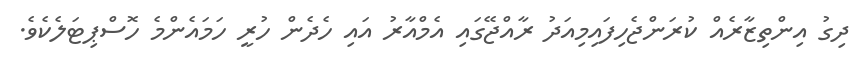
ދިގު އިންތިޒާރެއް ކުރަންޖެހިފައިމިއަދު ރާއްޖޭގައި އެމްއާރު އައި ހެދެން ހުރީ ހަމައެންމެ ހޮސްޕިޓަލެކެވެ.